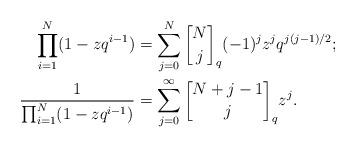
LaTeX: \begin{align*} \prod_{i=1}^N(1-zq^{i-1}) &= \sum_{j=0}^N {N\brack j}_q(-1)^j z^j q^{j(j-1)/2}; \\ \frac{1}{\prod_{i=1}^N(1-zq^{i-1})} &= \sum_{j=0}^{\infty} {N+j-1\brack j}_q z^j. \end{align*}